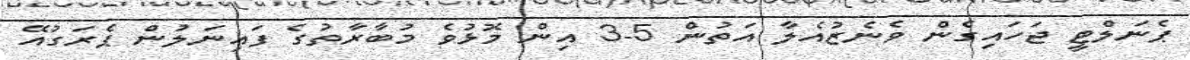
ޕެނަލްޓީ ޖަހައިގެން ވެނެޒުއެލާ އަތުން 5-3 އިން މޮޅުވެ މުބާރާތުގެ ފައިނަލުން ޕެރަގުއޭ